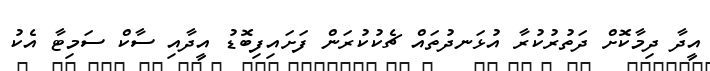
އީދާ ދިމާކޮށް ދަތުރުކުރާ އުޅަނދުތައް ޗެކުކުރަން ފަށައިފިބޮޑު އީދާއި ސާކް ސަމިޓާ އެކު